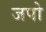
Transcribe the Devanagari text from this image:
जपो